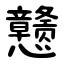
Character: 戆